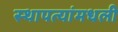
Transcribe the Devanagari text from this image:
स्थापत्यांमधली